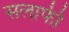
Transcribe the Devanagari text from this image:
सलाफी